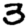
Digit: 3